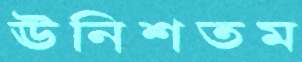
ঊনিশতম